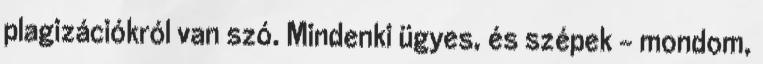
plagizációkról van szó. Mindenki ügyes, és szépek - mondom,